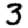
Digit: 3